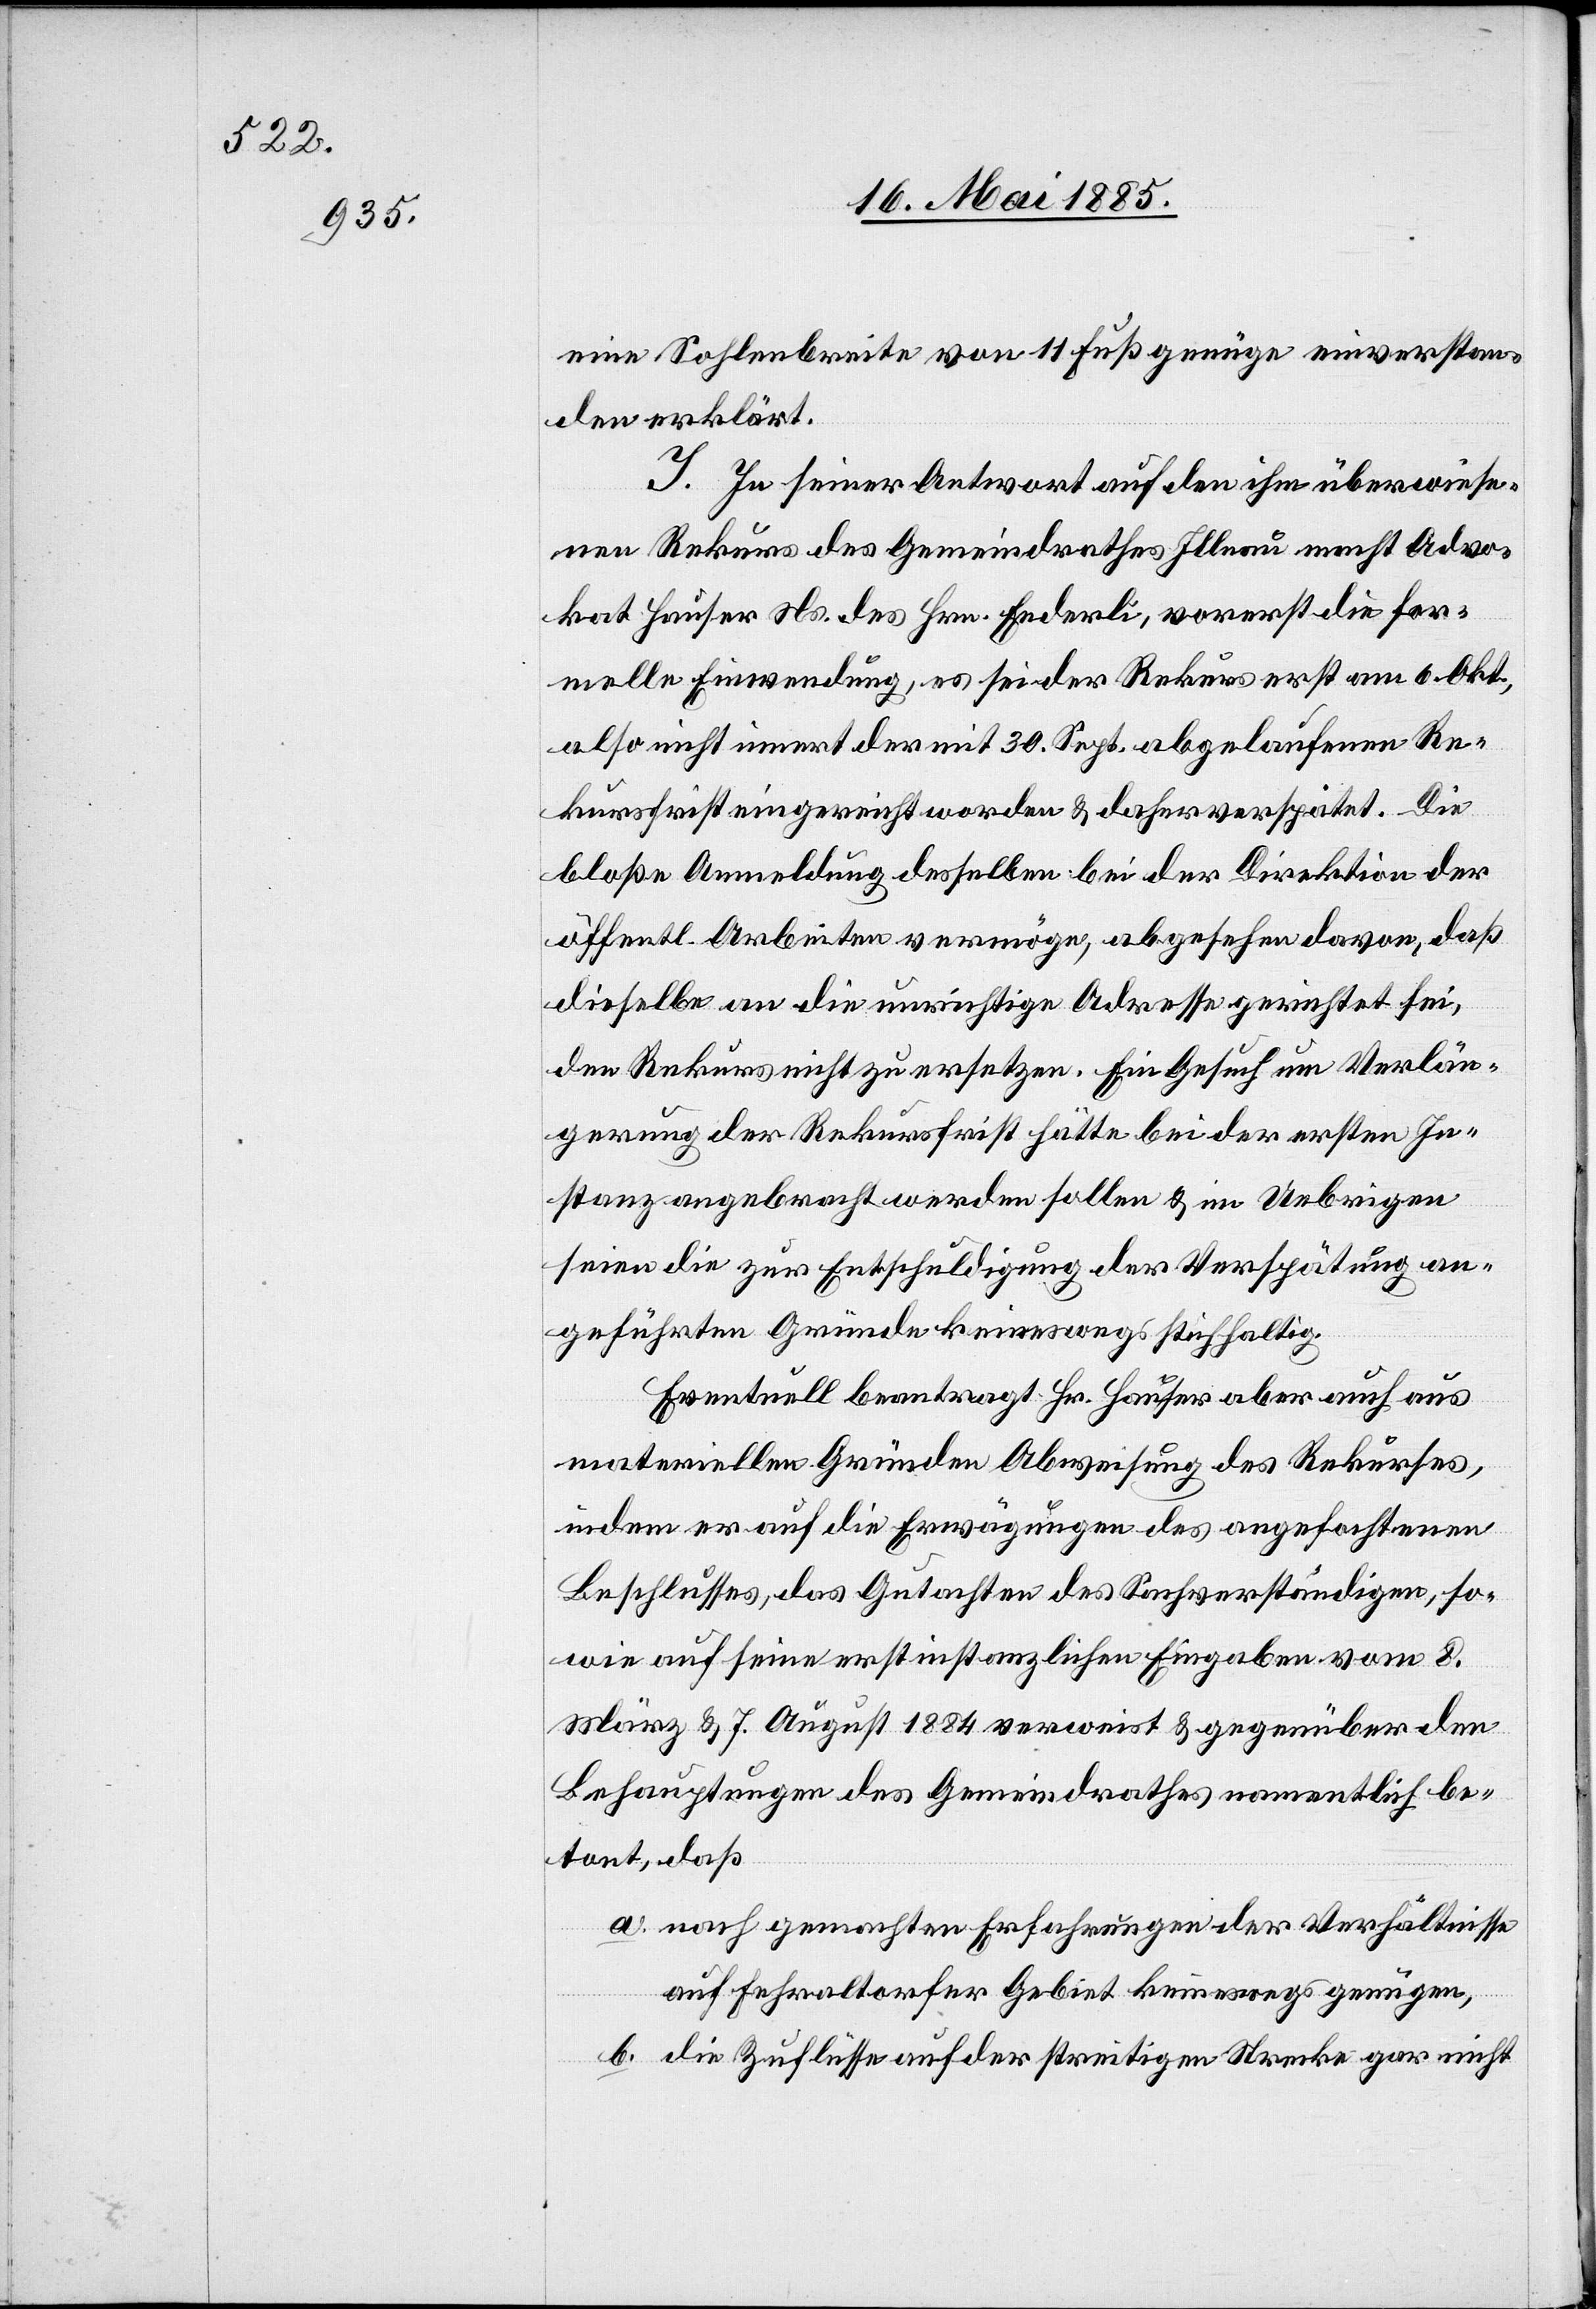
eine Sohlenbreite von 11 Fuß genüge einverstan¬
den erklärt.
J. In Seiner Antwort auf den ihm überwiese¬
nen Rekurs des Gemeindrathes Illnau macht Advo¬
kat Hauser Ns. des Hrn. Enderli, vorerst die for¬
melle Einwendung, es sei der Rekurs erst am 6. Okt.,
also nicht innert der mit 30. Sept. abgelaufenen Re¬
kursfrist eingereicht worden & daher verspätet. Die
bloße Anmeldung desselben bei der Direktion der
öffentl. Arbeiten vermöge, abgesehen davon, daß
dieselbe an die unrichtige Adresse gerichtet sei,
den Rekurs nicht zu ersetzen. Ein Gesuch um Verlän¬
gerung der Rekursfrist hätte bei der ersten In¬
stanz angebracht werden sollen & im Uebrigen
seien die zur Entschuldigung der Verspätung an¬
gefügten Gründe keineswegs stichhaltig.
Eventuell beantragt Hr. Hauser aber auch aus
materiellen Gründen Abweisung des Rekurses,
indem er auf die Erwägungen des angefochtenen
Beschlusses, das Gutachten des Sachverständigen, so¬
wie auf seine erstinstanzlichen Eingaben vom 8.
März & 7. August 1884 verweist & gegenüber den
Behauptungen des Gemeindrathes namentlich be¬
tont, daß
a. nach gemachten Erfahrungen der Verhältnisse
auf Fehraltofer Gebiet keineswegs genügen,
b. die Zuflüsse auf der streitigen Strecke gar nicht